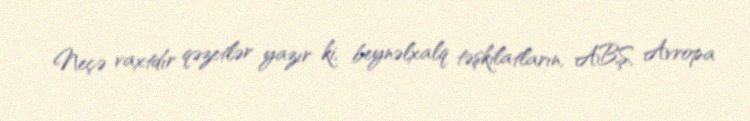
Neçə vaxtdır qəzetlər yazır ki, beynəlxalq təşkilatların, ABŞ, Avropa